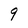
Character: 9